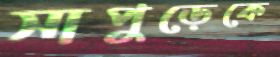
সাপুড়েকে